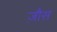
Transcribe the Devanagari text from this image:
ज़ौस